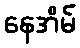
နေအိမ်